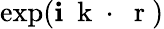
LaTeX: \exp(\mathbf{i}\mathrm{{~\mathbf{~}k~}}\cdot\mathrm{{~\mathbf{~}r~}})